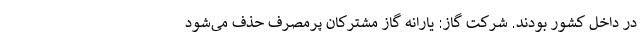
در داخل کشور بودند. شرکت گاز: یارانه گاز مشترکان پرمصرف حذف می‌شود